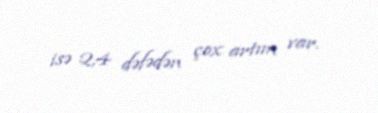
isə 2,4 dəfədən çox artım var.